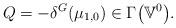
LaTeX: \begin{align*}Q=-\delta^{G}(\mu_{1,0})\in\Gamma\big(\mathbb{V}^{0}\big).\end{align*}